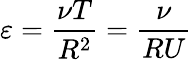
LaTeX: \varepsilon=\frac{\nu T}{R^{2}}=\frac{\nu}{RU}